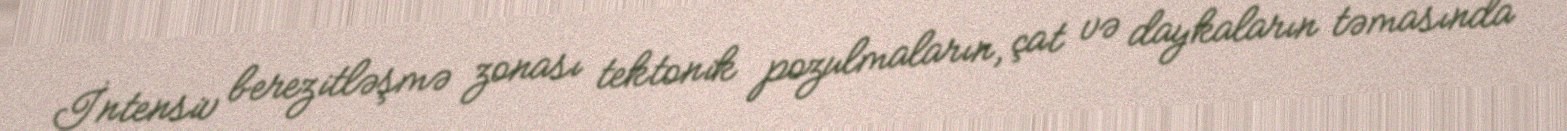
İntensiv berezitləşmə zonası tektonik pozulmaların, çat və daykaların təmasında